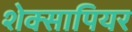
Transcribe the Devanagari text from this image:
शेक्सापियर